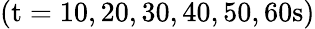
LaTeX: (\mathrm{t}=10,20,30,40,50,60\mathrm{s})